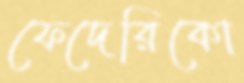
ফেদেরিকো